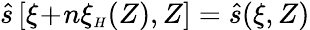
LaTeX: \hat{s}\left[\xi\! +\! n\xi_{{\scriptscriptstyle H}}(Z),Z\right]=\hat{s}(\xi,Z)